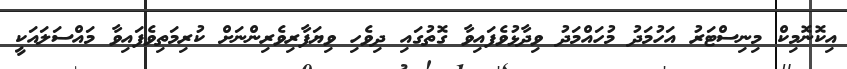
އިކޮނޮމިކް މިނިސްޓަރު އަހުމަދު މުހައްމަދު ވިދާޅުވެފައިވާ ގޮތުގައި ދިވެހި ވިޔަފާރިވެރިންނަށް ކުރިމަތިވެފައިވާ މައްސަލައަކީ